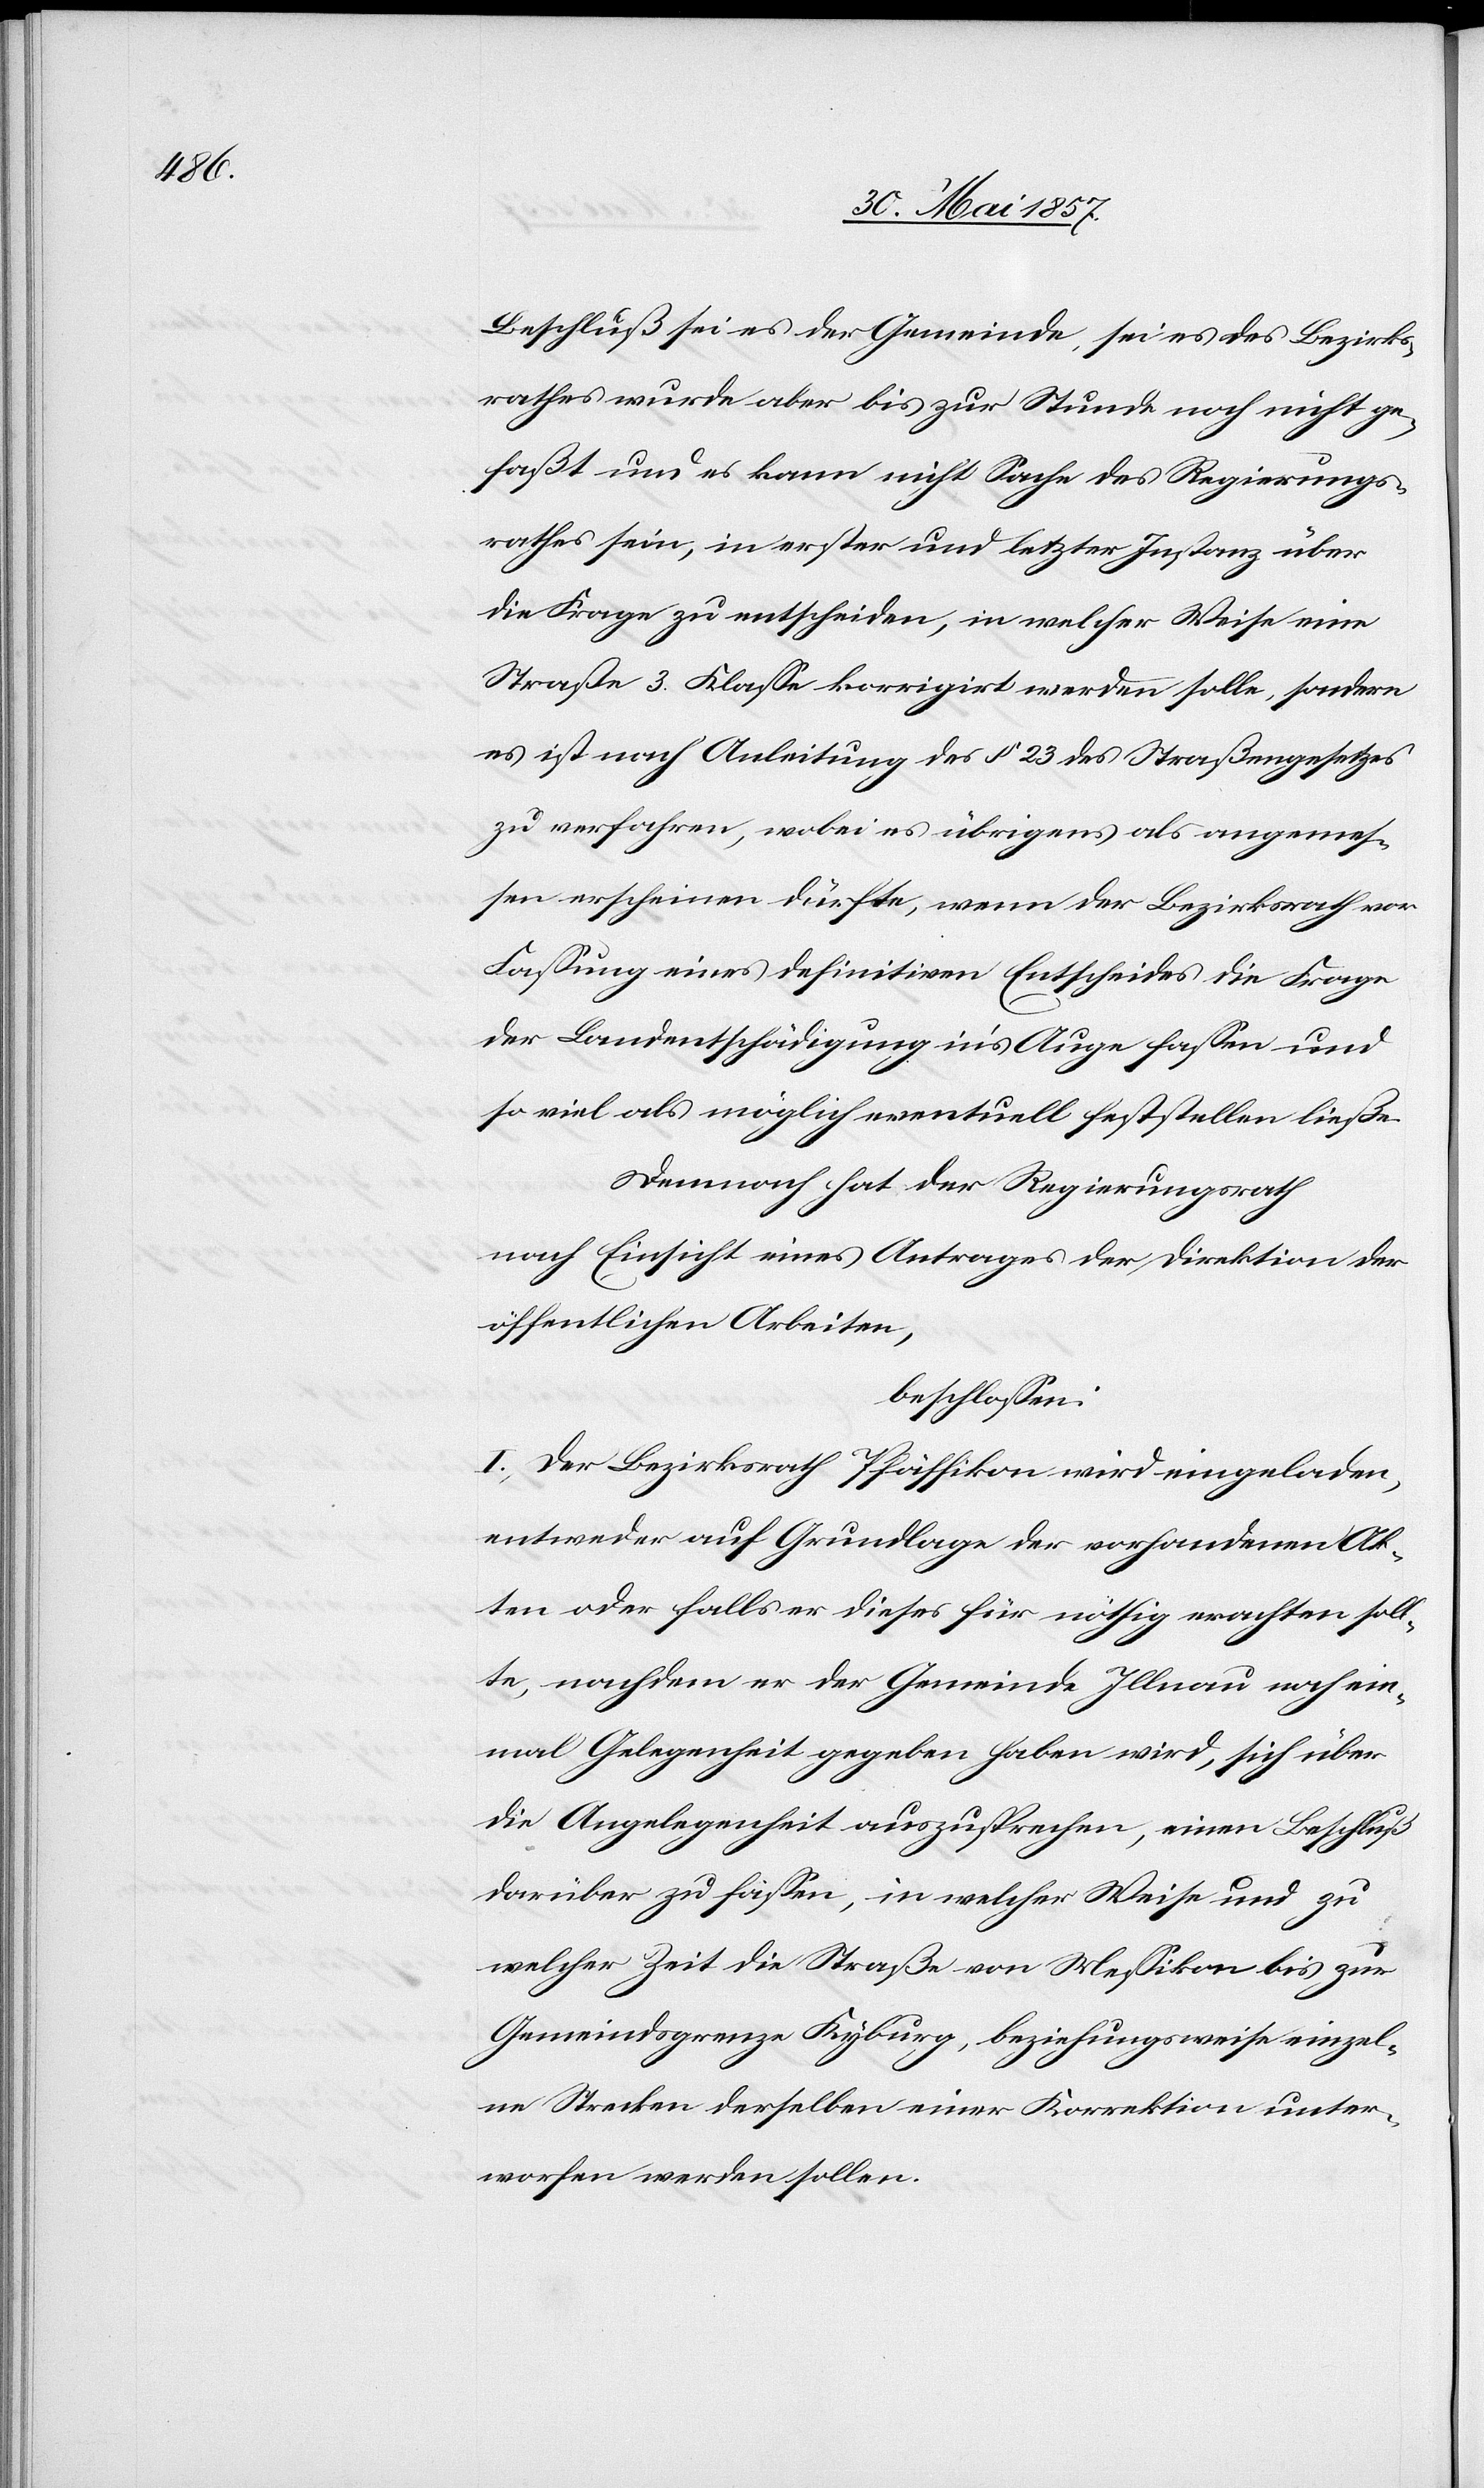
Beschluß sei es der Gemeinde, sei es des Bezirks¬
rathes wurde aber bis zur Stunde noch nicht ge¬
faßt und es kann nicht Sache des Regierungs¬
rathes sein, in erster und letzter Instanz über
die Frage zu entscheiden, in welcher Weise eine
Straße 3 Klasse korrigirt werden solle, sondern
es ist nach Anleitung des § 23 des Straßengesetzes
zu verfahren, wobei es übrigens als angemes¬
sen erscheinen dürfte, wenn der Bezirksrath vor
Fassung eines definitiven Entscheides die Frage
der Landentschädigung in’s Auge fassen und
so viel als möglich eventuell feststellen ließe.
Demnach hat der Regierungsrath
nach Einsicht eines Antrages der Direktion der
öffentlichen Arbeiten,
beschlossen:
I. Der Bezirksrath Pfäffikon wird eingeladen,
entweder auf Grundlage der vorhandenen Ak¬
ten oder falls er dieses für nöthig erachten soll¬
te, nachdem er der Gemeinde Illnau noch ein¬
mal Gelegenheit gegeben haben wird, sich über
die Angelegenheit auszusprechen, einen Beschluß
darüber zu fassen, in welcher Weise und zu
welcher Zeit die Straße von Messikon bis zur
Gemeindsgrenze Kyburg, beziehungsweise einzel¬
ne Strecken derselben einer Korrektion unter¬
worfen werden sollen.